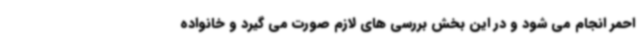
احمر انجام می شود و در این بخش بررسی های لازم صورت می گیرد و خانواده